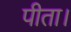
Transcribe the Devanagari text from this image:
पीता।